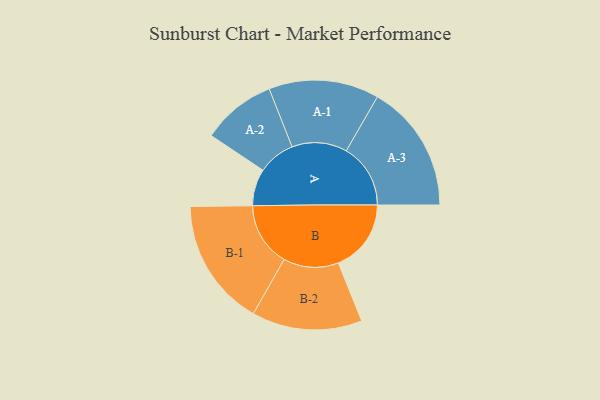
{"axis": {"x": "Segment", "y": "Value"}, "legend": ["", "A", "B"], "data": [{"x": "A", "y": 125, "type": ""}, {"x": "B", "y": 247, "type": ""}, {"x": "A-1", "y": 187, "type": "A"}, {"x": "A-2", "y": 126, "type": "A"}, {"x": "A-3", "y": 218, "type": "A"}, {"x": "B-1", "y": 217, "type": "B"}, {"x": "B-2", "y": 187, "type": "B"}]}